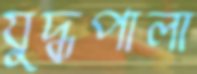
যুদ্ধপালা